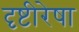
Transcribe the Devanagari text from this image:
दृष्टीरेषा